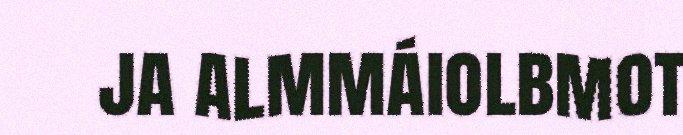
ja almmáiolbmot